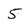
Character: 5